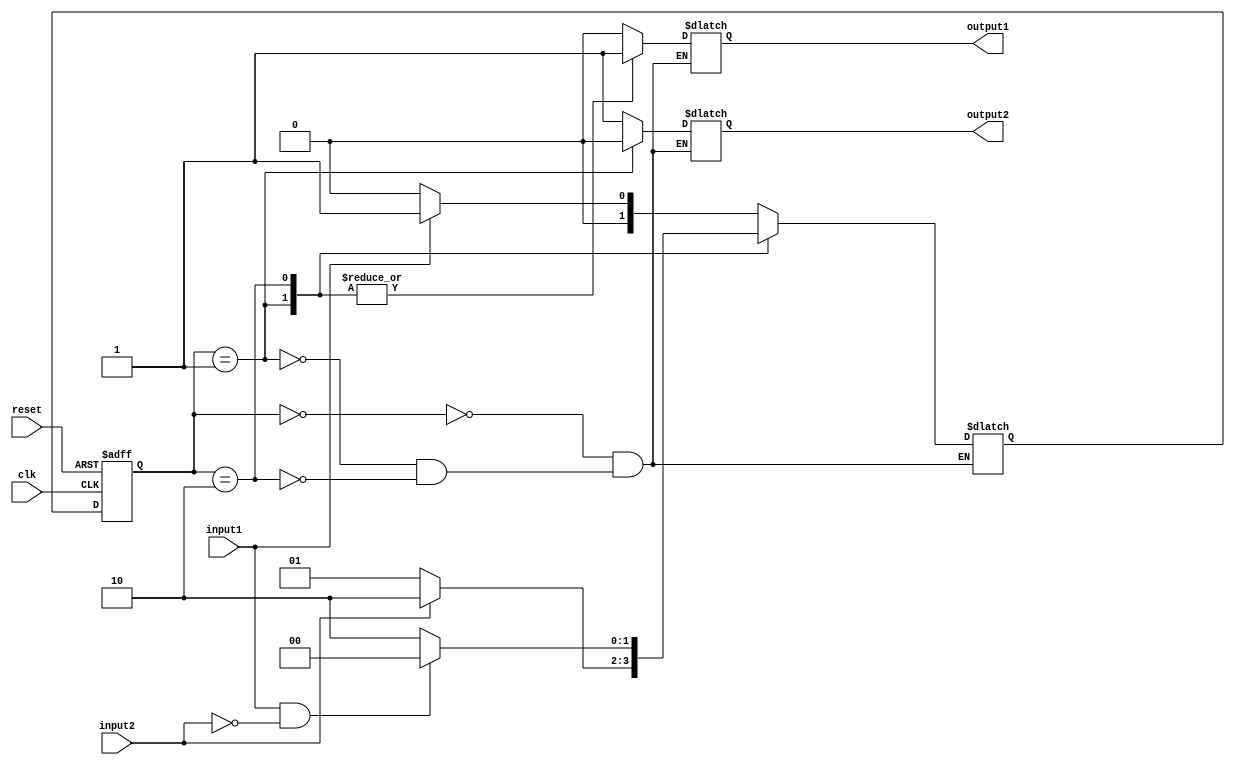
module fsm (
  input wire clk,
  input wire reset,
  input wire input1,
  input wire input2,
  
  output reg output1,
  output reg output2
);

  parameter S0 = 2'b00;
  parameter S1 = 2'b01;
  parameter S2 = 2'b10;
  
  reg [1:0] state_reg, next_state;
  
  always @(posedge clk or posedge reset) begin
    if (reset) begin
      state_reg <= S0;
    end else begin
      state_reg <= next_state;
    end
  end
  
  always @* begin
    case (state_reg)
      S0: begin
        if (input1) begin
          next_state = S1;
        end else begin
          next_state = S0;
        end
      end
      
      S1: begin
        if (input2) begin
          next_state = S2;
        end else begin
          next_state = S1;
        end
      end
      
      S2: begin
        if (input1 && !input2) begin
          next_state = S0;
        end else begin
          next_state = S2;
        end
      end
    endcase
  end
  
  always @* begin
    case (state_reg)
      S0: begin
        output1 = 1'b0;
        output2 = 1'b1;
      end
      
      S1: begin
        output1 = 1'b1;
        output2 = 1'b0;
      end
      
      S2: begin
        output1 = 1'b1;
        output2 = 1'b1;
      end
    endcase
  end
endmodule